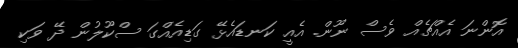
އޮންނަ އެއްޗެއް ވެސް ނޫން. އެއީ ކަނޑައެޅޭ ގަޑިއެއްގަ ސްކޫލުން ދޭ ވަކި